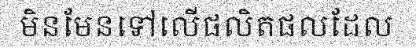
មិនមែនទៅលើផលិតផលដែល